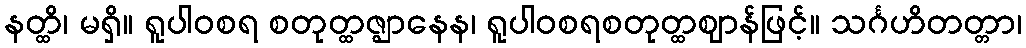
နတ္ထိ၊ မရှိ။ ရူပါဝစရ စတုတ္ထဇ္ဈာနေန၊ ရူပါဝစရစတုတ္ထဈာန်ဖြင့်။ သင်္ဂဟိတတ္တာ၊